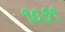
૧૦૭૧